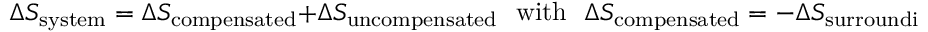
\Delta S _ { \mathrm { s y s t e m } } = \Delta S _ { \mathrm { c o m p e n s a t e d } } + \Delta S _ { \mathrm { u n c o m p e n s a t e d } } \, \, \, \, { \mathrm { w i t h } } \, \, \, \, \Delta S _ { \mathrm { c o m p e n s a t e d } } = - \Delta S _ { \mathrm { s u r r o u n d i n g s } } .